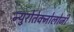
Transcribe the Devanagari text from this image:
न्युरोतेक्नोलोजी